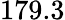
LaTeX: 179.3